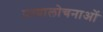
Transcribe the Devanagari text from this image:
प्रत्यालोचनाओं